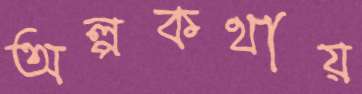
অল্পকথায়